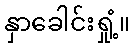
နှာခေါင်းရှုံ့။